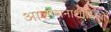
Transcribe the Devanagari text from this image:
आलोचनाशास्त्रियों